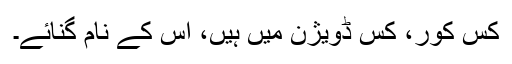
کس کور، کس ڈویژن میں ہیں، اس کے نام گنائے۔